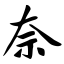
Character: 奈